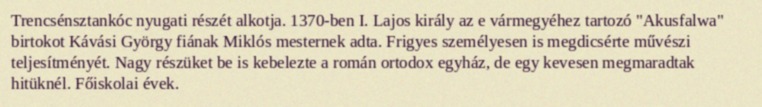
Trencsénsztankóc nyugati részét alkotja. 1370-ben I. Lajos király az e vármegyéhez tartozó "Akusfalwa" birtokot Kávási György fiának Miklós mesternek adta. Frigyes személyesen is megdicsérte művészi teljesítményét. Nagy részüket be is kebelezte a román ortodox egyház, de egy kevesen megmaradtak hitüknél. Főiskolai évek.